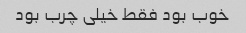
خوب بود فقط خیلی چرب بود